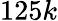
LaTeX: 125k